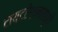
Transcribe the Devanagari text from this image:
टायट्रेशनमध्ये